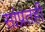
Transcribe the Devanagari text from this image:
सांप्रतही